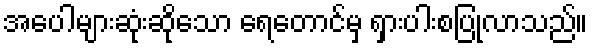
အပေါများဆုံးဆိုသော ရေတောင်မှ ရှားပါးစပြုလာသည်။